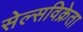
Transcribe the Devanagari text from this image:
सेल्सविक्रेता